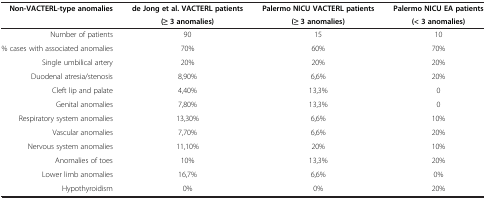
<table><thead><tr><td rowspan="2"><b>Non-VACTERL-type anomalies</b></td><td><b>de Jong et al. VACTERL patients</b></td><td><b>Palermo NICU VACTERL patients</b></td><td><b>Palermo NICU EA patients</b></td></tr><tr><td><b>(≥ 3 anomalies)</b></td><td><b>(≥ 3 anomalies)</b></td><td><b>(&lt; 3 anomalies)</b></td></tr></thead><tbody><tr><td>Number of patients</td><td>90</td><td>15</td><td>10</td></tr><tr><td>% cases with associated anomalies</td><td>70%</td><td>60%</td><td>70%</td></tr><tr><td>Single umbilical artery</td><td>20%</td><td>20%</td><td>20%</td></tr><tr><td>Duodenal atresia/stenosis</td><td>8,90%</td><td>6,6%</td><td>20%</td></tr><tr><td>Cleft lip and palate</td><td>4,40%</td><td>13,3%</td><td>0</td></tr><tr><td>Genital anomalies</td><td>7,80%</td><td>13,3%</td><td>0</td></tr><tr><td>Respiratory system anomalies</td><td>13,30%</td><td>6,6%</td><td>10%</td></tr><tr><td>Vascular anomalies</td><td>7,70%</td><td>6,6%</td><td>20%</td></tr><tr><td>Nervous system anomalies</td><td>11,10%</td><td>20%</td><td>10%</td></tr><tr><td>Anomalies of toes</td><td>10%</td><td>13,3%</td><td>20%</td></tr><tr><td>Lower limb anomalies</td><td>16,7%</td><td>6,6%</td><td>0%</td></tr><tr><td>Hypothyroidism</td><td>0%</td><td>0%</td><td>20%</td></tr></tbody></table>